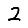
Digit: 2